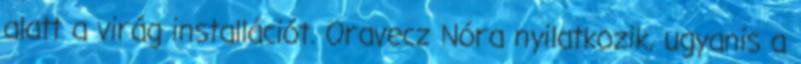
alatt a virág installációt. Oravecz Nóra nyilatkozik, ugyanis a